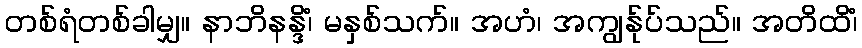
တစ်ရံတစ်ခါမျှ။ နာဘိနန္ဒိံ၊ မနှစ်သက်။ အဟံ၊ အကျွန်ုပ်သည်။ အတိထိံ၊